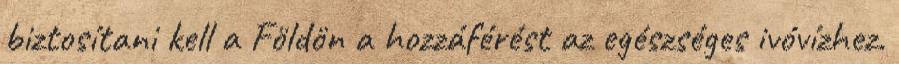
biztosítani kell a Földön a hozzáférést az egészséges ivóvízhez.